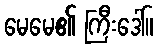
မေမေ၏ ကြီးဒေါ်။